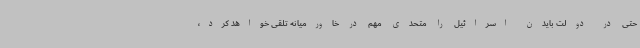
حتی در دولت بایدن اسرائیل را متحدی مهم در خاورمیانه تلقی خواهد کرد،